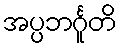
အပ္ပဘင်္ဂူတိ